Lunatic asylums Madras 1892-1911 - 1892-1911
Year: 1892
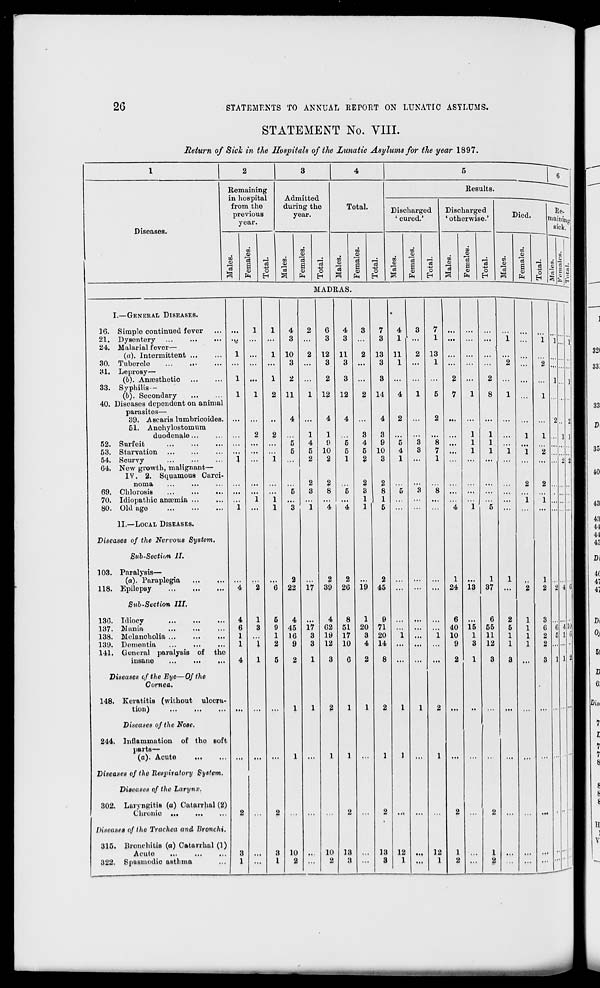
26
STATEMENTS TO ANNUAL REPORT ON LUNATIC ASYLUMS.
STATEMENT No. VIII.
Return of Sick in the Hospitals of the Lunatic Asylums for the year 1897.
Diseases.
Remaining
in hospital
from the
previous
year.
Admitted
during the
year.
o
03
ft
o
H
01
13
<5
to
%
a
PH
o
Total.
to
0)
en
o
13
S
ft
o
EH
Results.
Discharged
' cured.'
w
9
OS
13
1
PH
o
H
Discharged
1 otherwise.'
00
09
00
13
a o
H
MADRAS.
I.—GENERAL DISEASES.
16. Simple continued fever
21. Dysentery
24. Malarial fever—
(a). Intermittent ...
30. Tubercle
31. Leprosy—
(6). Anoesthetio
33. Syphilis —
(b). Secondary
40. Diseases dependent on animal
parasites—
39, Ascaris lumbricoidos.
51. Anchylostomum
duodenale...
52. Surfeit
53. Starvation
54. Scurvy
G4. New growth, malignant—
IV. 2. Squainous Carci-
noma
...
...
69. Chlorosis
70. Idiopathio anaemia ...
80. Old age
II.—LOCAL DISEASES.
Diseases of the Nervous System.
Sab-Section II.
103. Paralysis—
(a). Paraplegia
118. Epilepsy
Sub-Section III.
136. Idiocy
137. Mania
138. Melancholia ...
139. Dementia
141. General paralysis of the
insane
...
...
...
Diseases c/ the Eye—Of the
Cornea.
148. Kcvatitis (without ulcera-
tion)
Diseases of the Nose.
244. Inflammation of tho Boft
parts—
(a). Acute
...
Diseases of the Respiratory System.
Diseases of the Larynx.
302. Laryngitis (a) Catanhal (2)
Chronic ...
...
Diseases of tlte Trachea and Bronchi.
315. Bronchitis (a) Catarrhul (1)
Acuto
322. Spasmodic asthma
4
2
3 ...
10
2
3 ...
2 ...
11
1
4 ...
1
5
4
5
5
...
2
2
22
4
45
16
9
10
2
17
17
3
3
6
3
12
3
2
12
1
9
10
2
2
8
*4
2
39
4
02
19
12
10
2
4
3
11
3
3
12
2
26
8
51
17
10
13
3
19
1
20
3
4
7
3
13
3
3
14
4
3
9
10
3
2
45
9
71
20
14
8
13
3
4
1
11
1
12
1
7
1
13
1
12
1
1
24
6
40
10
9
13
15
1
3
1
37
6
55
11
12
li'